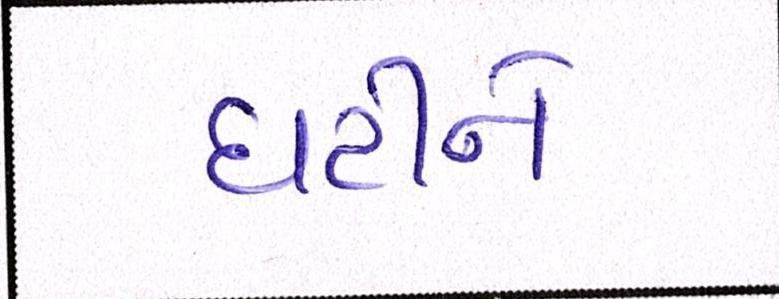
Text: ઘટીને